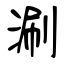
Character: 涮